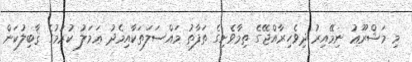
މި މަޝްރޫޢު ނިމޭއިރު ދިވެހިރާއްޖޭގެ ތިމާވެށިގެ ތަފާތު މައްސަލަތަކާއިމެދު ޢަމަލު ކުރުމުގެ ޤާބިލުކަން